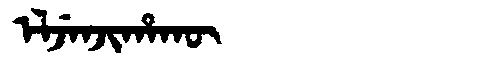
Manchu: ᡝᠯᠵᡝᠨᠵᡳᡥᠠᡴᡡ
Romanization: ELJENJIHAKŪ